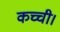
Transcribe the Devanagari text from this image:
कच्ची।